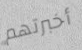
أخبرتهم